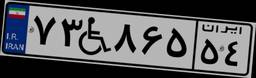
۷۳W۸۶۵۵۴